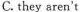
C. they aren't